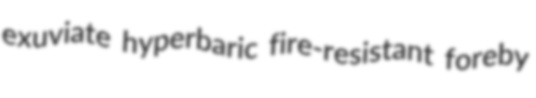
exuviate hyperbaric fire-resistant foreby